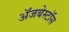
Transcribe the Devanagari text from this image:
ॲजबेस्टॉस